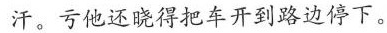
汗。亏他还晓得把车开到路边停下。